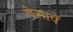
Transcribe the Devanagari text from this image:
वेसावें